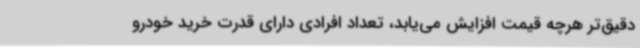
دقیق‌تر هرچه قیمت افزایش می‌یابد، تعداد افرادی دارای قدرت خرید خودرو